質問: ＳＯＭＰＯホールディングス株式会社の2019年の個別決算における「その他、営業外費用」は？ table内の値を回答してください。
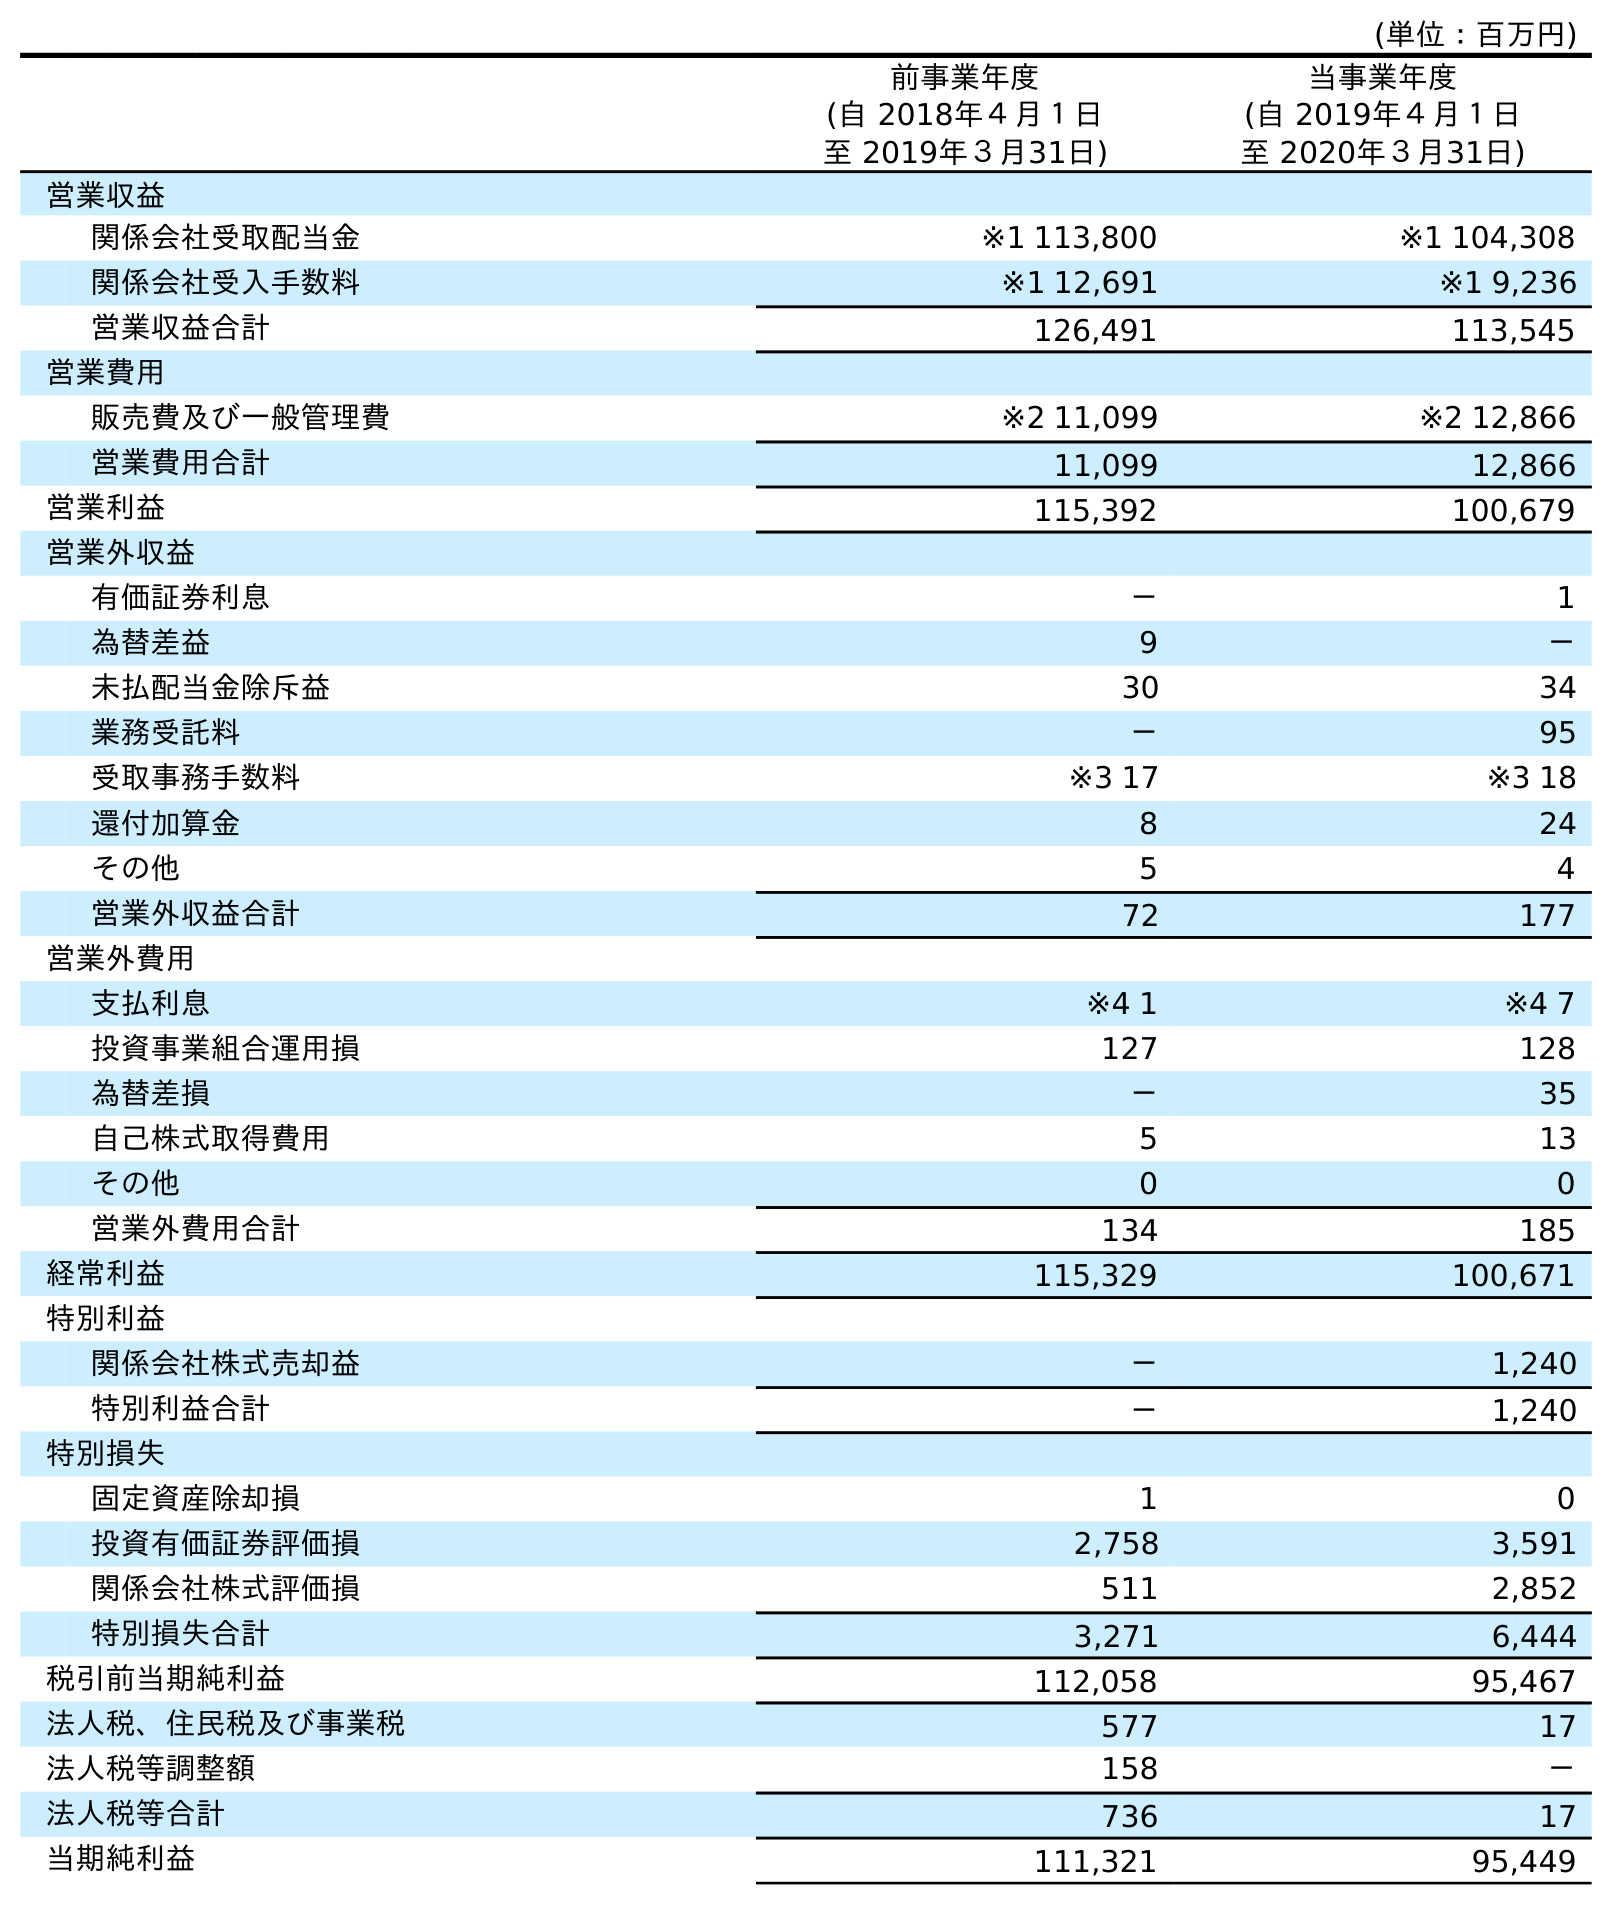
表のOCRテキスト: (単位：百万円) 前事業年度 (自 2018年４月１日 至 2019年３月31日) 当事業年度 (自 2019年４月１日 至 2020年３月31日) 営業収益 関係会社受取配当金 ※1 113,800 ※1 104,308 関係会社受入手数料 ※1 12,691 ※1 9,236 営業収益合計 126,491 113,545 営業費用 販売費及び一般管理費 ※2 11,099 ※2 12,866 営業費用合計 11,099 12,866 営業利益 115,392 100,679 営業外収益 有価証券利息 － 1 為替差益 9 － 未払配当金除斥益 30 34 業務受託料 － 95 受取事務手数料 ※3 17 ※3 18 還付加算金 8 24 その他 5 4 営業外収益合計 72 177 営業外費用 支払利息 ※4 1 ※4 7 投資事業組合運用損 127 128 為替差損 － 35 自己株式取得費用 5 13 その他 0 0 営業外費用合計 134 185 経常利益 115,329 100,671 特別利益 関係会社株式売却益 － 1,240 特別利益合計 － 1,240 特別損失 固定資産除却損 1 0 投資有価証券評価損 2,758 3,591 関係会社株式評価損 511 2,852 特別損失合計 3,271 6,444 税引前当期純利益 112,058 95,467 法人税、住民税及び事業税 577 17 法人税等調整額 158 － 法人税等合計 736 17 当期純利益 111,321 95,449
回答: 0